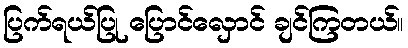
ပြက်ရယ်ပြု ပြောင်လှောင် ချင်ကြတယ်။